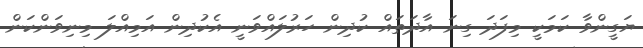
ޔަގީންވާ ކަމަކީ މިފަދަ ގިނަ އާދަތައް ކުދިން ހަރުލައްވަނީ އެކުދިން އަމިއްލަ މިނިވަންކަން